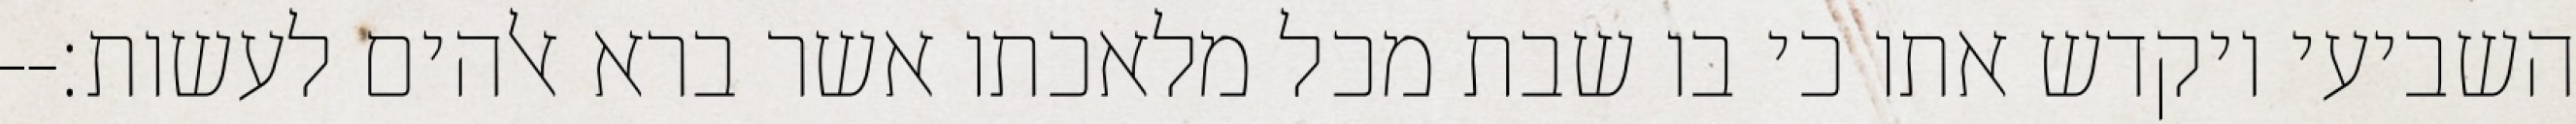
השביעי ויקדש אתו כי בו שבת מכל מלאכתו אשר ברא אלהים לעשות׃--